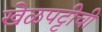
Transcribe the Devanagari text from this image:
खेळपट्टीची